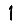
Digit: 1